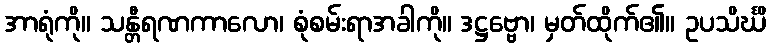
အာရုံကို။ သန္တီရဏကာလော၊ စုံစမ်းရာအခါကို။ ဒဋ္ဌဗ္ဗော၊ မှတ်ထိုက်၏။ ဥပသိင်္ဃိ